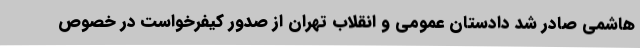
هاشمی صادر شد دادستان عمومی و انقلاب تهران از صدور کیفرخواست در خصوص